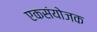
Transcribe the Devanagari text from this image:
एकसंयोजक